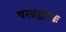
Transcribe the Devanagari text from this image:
परब्रह्मणः